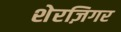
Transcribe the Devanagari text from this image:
शेरज़िगर